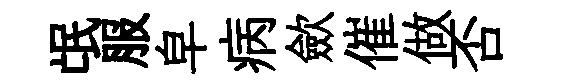
氓服皁病歛催做否